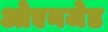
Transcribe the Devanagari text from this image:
ओएनजेड